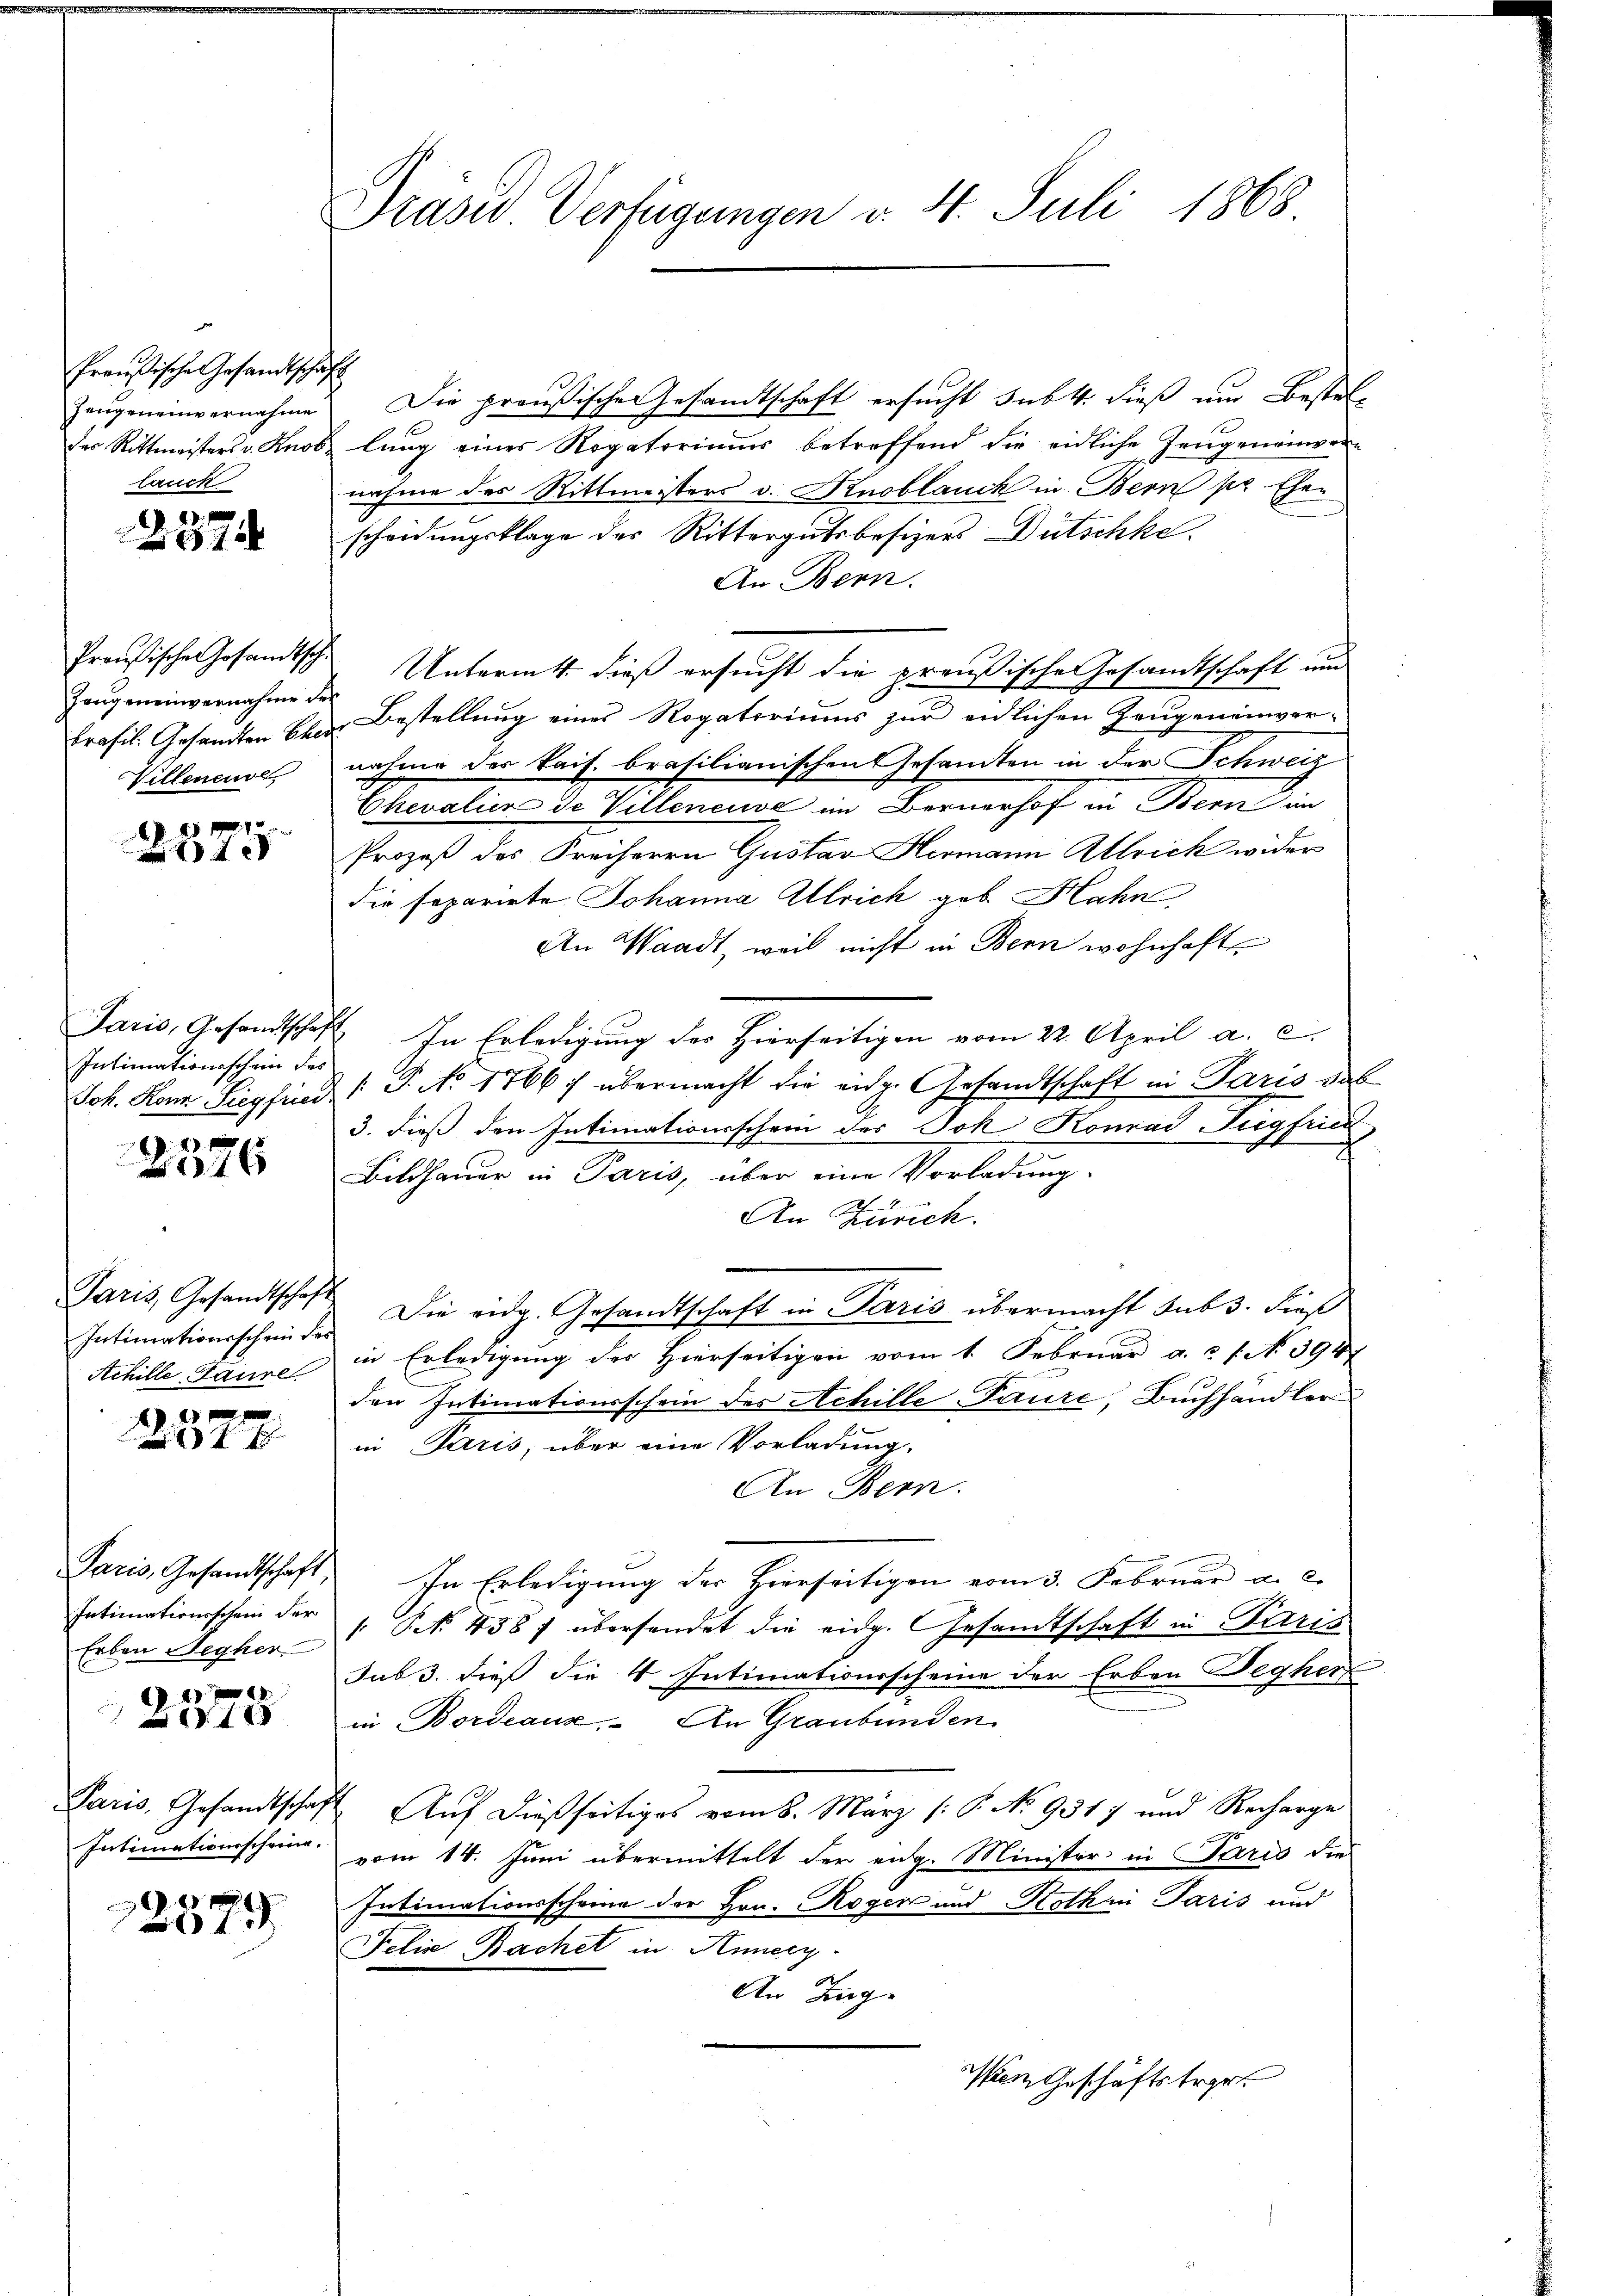
Preußische Gesandtschaft
Jengeneinvernahme
des Rittmeisters v. Knob
lauch

227

Proußische Gesandtschi
Zeugeneinvernahme der
Prafil. Gesandten Eher
Villenende

f 2 x 10 x
xx

Paris, Gesandtschaf
Intimationsschein des
Joh. Konz Siegfried

23.
1 x

Paris, Gesandtschaft
Intimationsschein der
Achille, Gaure
f 15 x

7 Jahr

Paris, Gesandtschaft
Intimationsschein der
Erben Segher

un 2 S. 188

Paris, Gesandtschaf
Intimationsscheine.

.
379

Drase Verfügungen v. 4. Juli 1868

Die preußischeresandtschaft ersucht subt. dieß und Bestellung eines Rogatoriums betreffend die eidliche Zeugenanwernahme des Rittmeisters v. Knoblanck in Bern pr Eher
scheidungsklage der Rittergutsbesizers Dütschke
An Bern.
Untermtt. dieß ersucht die preußische Gesandtschaft und
Bestellung eines Rogatoriums zur eidlichen Zeugeneinver-
nahme der kais. brasilianischen Gesandten in der Schweiz
Chevaliere de Villeneuve in Bernerhof in Bern im
Prozeß des Freiherrn Gustav Hermann Attrick wider
die separirte Johanna Ulrich geb. Hahn
An Waadt, weil nicht in Bern wohnhaft
 In Erledigung des Hierseitigen vom 22. April a. c.
[.P. No. 1766 :/ übermacht die eige Gesandtschaft in Paris das
3. dieß den Intimationsschein der Jok Konrad Fugfried
c
Bildhauer in Paris, über eine Vorladung.
An Zürich.
Die eidg. Gesandtschaft in Paris übermacht sub 3. dieß
in Erledigung der Hierseitigen vom 1. Februar a. c. s. N. 3947
den Intimationsschein des Achille Taure, Buchhandler
in Paris, über eine Vorladung,
An Bern.
In Erledigung der Hierseitigen vom 3. Februar a. c.
" NNo. 438 f überhandet die eidg. Gesandtschaft in Paris
sub 3. dieß die V Intimationsscheine der Erben Degher
in Bordeaux, An Graubünden
Auf dießseitiges vom 8. März (: P. No 9317 und Recharge
vom 14. Juni übermittelt der eng. Minister in Paris die
Intimationsscheine der Hrn. Roger und Kothin Paris und
Felix Bachet in Annecz
An Zug.
Min Geschäftstrort